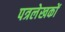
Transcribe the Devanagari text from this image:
पत्रलेखकों